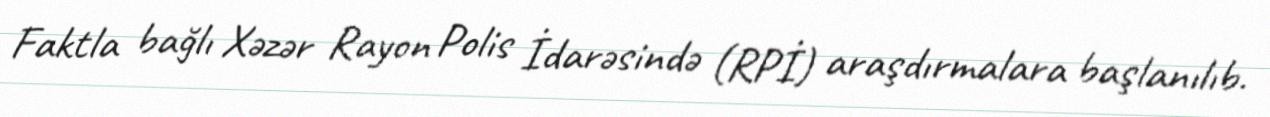
Faktla bağlı Xəzər Rayon Polis İdarəsində (RPİ) araşdırmalara başlanılıb.